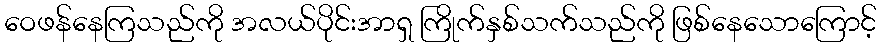
ဝေဖန်နေကြသည်ကို အလယ်ပိုင်းအာရှ ကြိုက်နှစ်သက်သည်ကို ဖြစ်နေသောကြောင့်